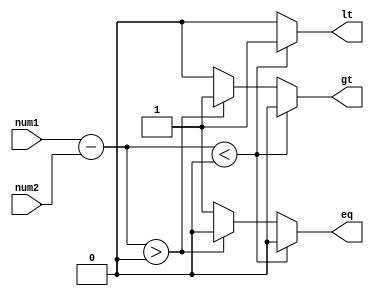
module inequality_comparator (
    input wire [7:0] num1,
    input wire [7:0] num2,
    output reg lt, // less than
    output reg gt, // greater than
    output reg eq // equal to
);

reg [7:0] diff;

always @ (num1 or num2)
begin
    diff = num1 - num2;
    
    if(diff < 0)
    begin
        lt = 1;
        gt = 0;
        eq = 0;
    end
    else if(diff > 0)
    begin
        lt = 0;
        gt = 1;
        eq = 0;
    end
    else
    begin
        lt = 0;
        gt = 0;
        eq = 1;
    end
end

endmodule